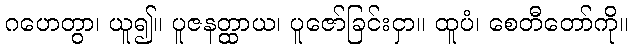
ဂဟေတွာ၊ ယူ၍။ ပူဇနတ္ထာယ၊ ပူဇော်ခြင်းငှာ။ ထူပံ၊ စေတီတော်ကို။